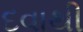
દવાથી